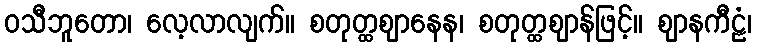
ဝသီဘူတော၊ လေ့လာလျက်။ စတုတ္ထဈာနေန၊ စတုတ္ထဈာန်ဖြင့်။ ဈာနကီဠံ၊